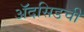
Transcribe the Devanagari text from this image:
ॲदसिडची